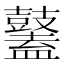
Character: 𪔮